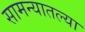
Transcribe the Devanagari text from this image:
सामन्यातल्या